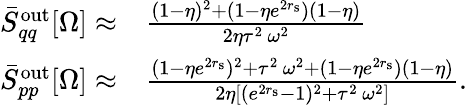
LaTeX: \begin{array}{rl}{\bar{S}_{qq}^{\mathrm{out}}[\Omega]\approx}&{\frac{(1-\eta)^{2}+(1-\eta e^{2r_{\mathrm{s}}})(1-\eta)}{2\eta\tau^{2}\, \omega^{2}}}\\ {\bar{S}_{pp}^{\mathrm{out}}[\Omega]\approx}&{\frac{(1-\eta e^{2r_{\mathrm{s}}})^{2}+\tau^{2}\, \omega^{2}+(1-\eta e^{2r_{\mathrm{s}}})(1-\eta)}{2\eta\left[(e^{2r_{\mathrm{s}}}-1)^{2}+\tau^{2}\, \omega^{2}\right]}.}\end{array}